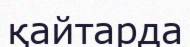
қайтарда